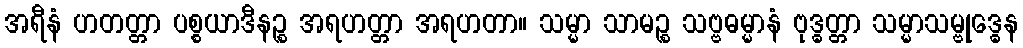
အရီနံ ဟတတ္တာ ပစ္စယာဒီနဉ္စ အရဟတ္တာ အရဟတာ။ သမ္မာ သာမဉ္စ သဗ္ဗဓမ္မာနံ ဗုဒ္ဓတ္တာ သမ္မာသမ္ဗုဒ္ဓေန